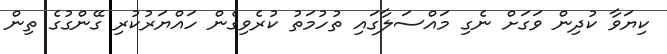
ކިޔަވާ ކުދިން ވަގަށް ނެގި މައްސަލާގައި ތުހުމަތު ކުރެވިގެން ހައްޔަރުކުރި ގޭންގުގެ ތިން